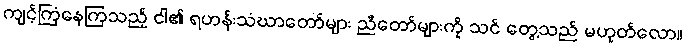
ကျင့်ကြံနေကြသည့် ငါ၏ ရဟန်းသံဃာတော်များ ညီတော်များကို သင် တွေ့သည် မဟုတ်လော။